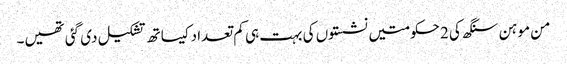
من موہن سنگھ کی 2 حکومتیں نشستوں کی بہت ہی کم تعداد کیساتھ تشکیل دی گئی تھیں۔